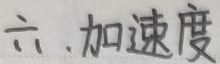
六、加速度